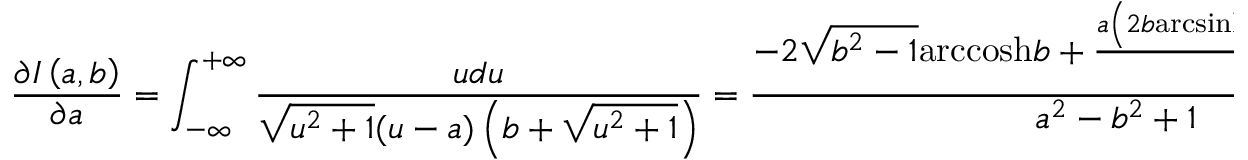
\frac { \partial I \left( a , b \right) } { \partial a } = \int _ { - \infty } ^ { + \infty } { \frac { u d u } { \sqrt { { { u } ^ { 2 } } + 1 } ( u - a ) \left( b + \sqrt { { { u } ^ { 2 } } + 1 } \right) } } = \frac { - 2 \sqrt { { { b } ^ { 2 } } - 1 } \mathrm { a r c c o s h } b + \frac { a \left( 2 b \mathrm { a r c s i n h } a + i \pi \left( \sqrt { { { a } ^ { 2 } } + 1 } - b \right) \right) } { \sqrt { { { a } ^ { 2 } } + 1 } } } { { { a } ^ { 2 } } - { { b } ^ { 2 } } + 1 }